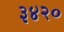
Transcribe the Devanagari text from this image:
३४२०